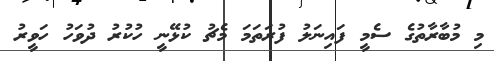
މި މުބާރާތުގެ ސެމީ ފައިނަލު ފުރަތަމަ މެޗު ކުޅޭނީ ހުކުރު ދުވަހު ހަވީރު